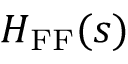
H _ { \mathrm { F F } } ( s )